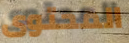
المحتوى